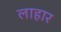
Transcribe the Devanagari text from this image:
लाहार